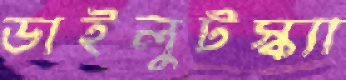
ডাইলুটস্ক্যা